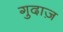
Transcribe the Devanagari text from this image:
गुदाज़